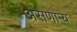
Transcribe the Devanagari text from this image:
असणाऱ्य